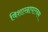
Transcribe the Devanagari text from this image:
विशाखापत्त्नम